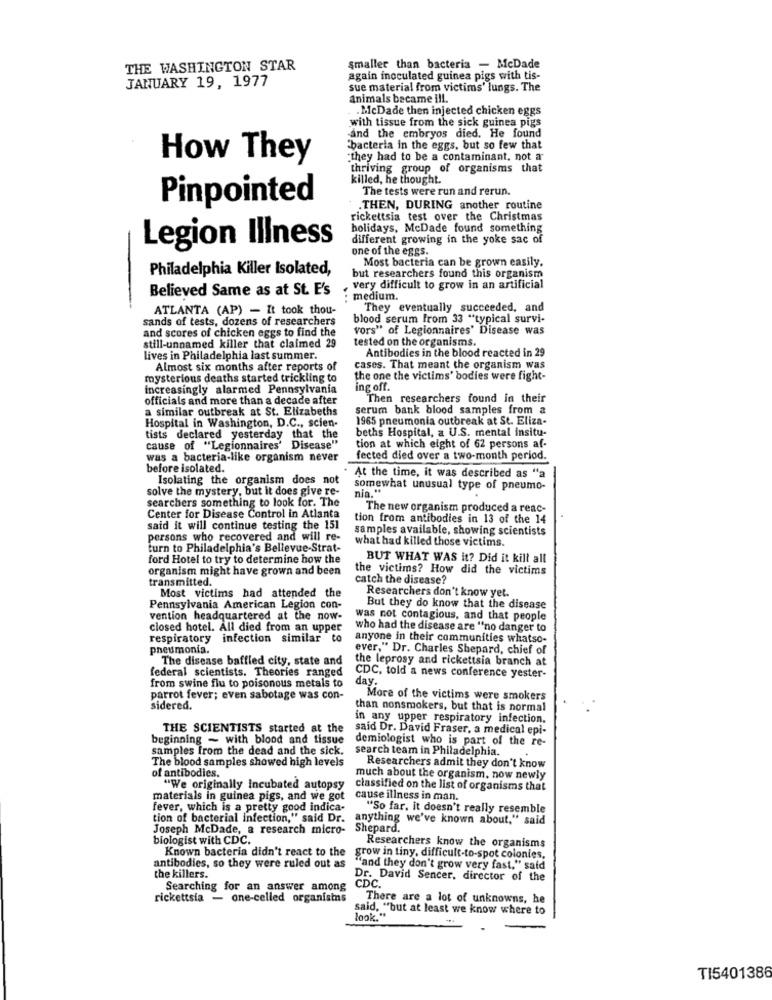
THE WASHINGTON STAR
smaller than bacteria - McDade
JANUARY 19, 1977
again inoculated guinea pigs with tis-
sue material from victims' lungs. The
Animals became ill.
.McDade then injected chicken eggs
and the embryos died. He found
with tissue from the sick guinea pigs
"bacteria in the eggs, but so few that
How They
they had to be a contaminant, not a
thriving group of organisms that
killed, he thought.
The tests were run and rerun.
Pinpointed
.THEN, DURING another routine
rickettsia test over the Christmas
holidays, McDade found something
Legion Illness
different growing in the yoke sac of
one of the eggs.
Most bacteria can be grown easily.
Philadelphia Killer Isolated,
but researchers found this organism
Believed Same as at St. E's
very difficult to grow in an artificial
: medium.
ATLANTA (AP) - It took thou-
They eventually succeeded, and
sands of tests, dozens of researchers
blood serum From 33 "typical survi-
and scores of chicken eggs to find the
vors" of Legionnaires' Disease was
tested on the organisms.
still-unnamed killer that claimed 29
Antibodies in the blood reacted in 29
lives in Philadelphia last summer.
Almost six months after reports of
cases. That meant the organism was
mysterious deaths started trickling to
the one the victims' bodies were fight-
increasingly alarmed Pennsylvania
ing off.
officials and more than a decade after
Then researchers found in their
a similar outbreak at St. Elizabeths
serum bank blood samples from a
Hospital in Washington, D.C ., scien-
1965 pneumonia outbreak at St. Eliza-
beths Hospital, a U.S. mental insitu-
tists declared yesterday that the
cause of "Legionnaires' Disease"
tion at which eight of 62 persons af-
was a bacteria-like organism never
fected died over a two-month period.
before isolated.
Isolating the organism does not
At the time, it was described as "a
solve the mystery, but it does give re-
somewhat unusual type of pneumo-
nin .**
searchers something to look for. The
The new organism produced a reac-
Center for Disease Control in Atlanta
tion from antibodies in 13 of the 14
said it will continue testing the 151
samples available, showing scientists
persons who recovered and will re-
what had killed those victims.
turn to Philadelphia's Bellevue-Strat-
ford Hotel to try to determine how the
BUT WHAT WAS it? Did it kilt all
organism might have grown and been
the victims? How did the victims
transmitted.
catch the disease?
Researchers don't know yet.
Most victims had attended the
Pennsylvania American Legion con-
But they do know that the disease
vention headquartered at the now-
was not contagious, and that people
closed hotel. All died from an upper
who had the disease are "no danger to
respiratory infection similar to
anyone in their communities whatso-
pneumonia.
ever," Dr. Charles Shepard, chief of
The disease baffled city, state and
the leprosy and rickettsia branch at
federal scientists. Theories ranged
CDC, told a news conference yester-
day.
from swine flu to poisonous metals to
parrot fever; even sabotage was con-
More of the victims were smokers
sidered.
than nonsmokers, but that is normal
in any upper respiratory infection.
THE SCIENTISTS started at the
said Dr. David Fraser, a medical epi-
beginning - with blood and tissue
demiologist who is part of the re-
samples from the dead and the sick.
search team in Philadelphia.
The blood samples showed high levels
Researchers admit they don't know
of antibodies.
much about the organism. now newly
"We originally Incubated autopsy
classified on the list of organisms that
materials in guinea pigs, and we got
cause illness in man.
fever, which is a pretty good indica-
"So far, it doesn't really resemble
tion of bacterial infection," said Dr.
anything we've known about," said
Joseph McDade, a research micro-
Shepard.
biologist with CDC.
Researchers know the organisms
Known bacteria didn't react to the grow in tiny, difficult-to-spot colonies,
antibodies, so they were ruled out as
"and they don't grow very fast," said
the killers.
Dr. David Sencer, director of the
CDC.
Searching for an answer among
rickettsia - one-celled organisms
There are a lot of unknowns, he
said, "but at least we know where to
look."
TI5401386